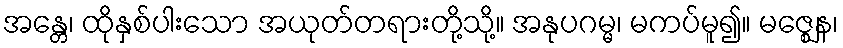
အန္တေ၊ ထိုနှစ်ပါးသော အယုတ်တရားတို့သို့။ အနုပဂမ္မ၊ မကပ်မူ၍။ မဇ္ဈေန၊